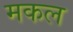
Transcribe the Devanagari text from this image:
मकल